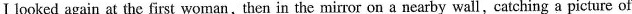
I looked again at the first woman,then in the mirror on a nearby wall,catching a picture of